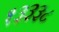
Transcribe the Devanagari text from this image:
१३३३८